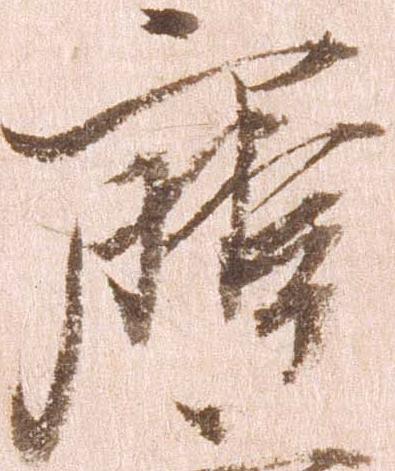
摩